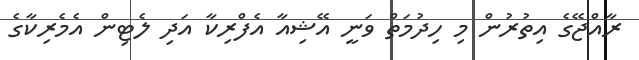
ރާއްޖޭގެ އިތުރުން މި ހިދުމަތް ވަނީ އޭޝިއާ އެފްރިކާ އަދި ލެޓިން އެމެރިކާގެ